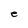
Character: e